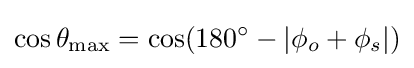
\cos \theta _{\text{max}}=\cos(180^{\circ }-|\phi _{o}+\phi _{s}|)